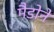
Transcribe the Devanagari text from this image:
मैडोने